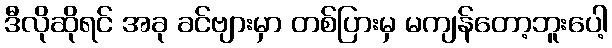
ဒီလိုဆိုရင် အခု ခင်ဗျားမှာ တစ်ပြားမှ မကျန်တော့ဘူးပေါ့